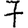
Digit: 7